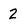
Character: 2